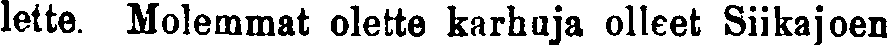
lette. Molemmat olette karhuja olleet Siikajoen